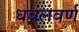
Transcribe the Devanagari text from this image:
धवलवर्ण